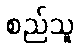
စည်သူ